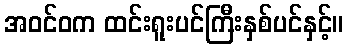
အဝင်ဝက ထင်းရူးပင်ကြီးနှစ်ပင်နှင့်။